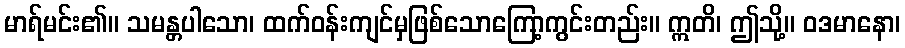
မာရ်မင်း၏။ သမန္တပါသော၊ ထက်ဝန်းကျင်မှဖြစ်သောကြော့ကွင်းတည်း။ ဣတိ၊ ဤသို့။ ဝဒမာနော၊